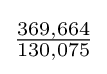
{\tfrac {369,664}{130,075}}